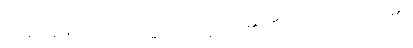
ဝင်စား၍။ ဝါ၊ ရောက်၍။ ဝိဟရတိ၊ ၏။ ပီတိယာ၊ ကို။ ဝါ၊ ၏။